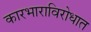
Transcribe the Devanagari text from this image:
कारभाराविरोधात